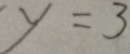
y = 3